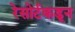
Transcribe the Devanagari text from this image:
रेसोर्टकडून